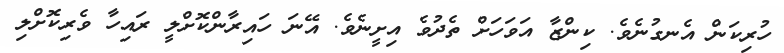
ހުރިކަން އެނގުނެވެ. ކިންޒާ އަވަހަށް ތެދުވެ އިށީނެވެ. އޭނަ ހައިރާންކޮށްލީ ރައިހާ ވެރިކޮށްލި